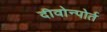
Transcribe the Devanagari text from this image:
दीवोन्पोर्त